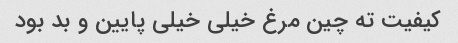
کیفیت ته چین مرغ خیلی خیلی پایین و بد بود